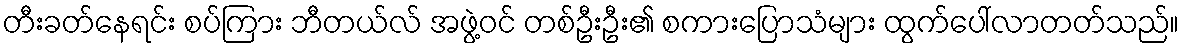
တီးခတ်နေရင်း စပ်ကြား ဘီတယ်လ် အဖွဲ့ဝင် တစ်ဦးဦး၏ စကားပြောသံများ ထွက်ပေါ်လာတတ်သည်။